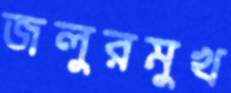
জলুরমুখ